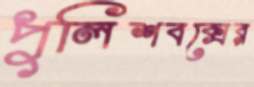
পুলিশবক্সের